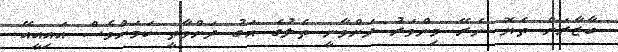
ބާޒާރަށް ތެޔޮ ނެރޭ މިންވަރު ދަށްވާނީ ތެލުގެ އަގު ދަށްވާތީ ކަމަށްވެސް އައިއީއޭ